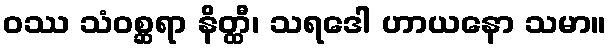
ဝဿ သံဝစ္ဆရာ နိတ္ထီ၊ သရဒေါ ဟာယနော သမာ။